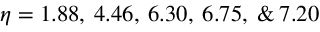
\eta = 1 . 8 8 , \: 4 . 4 6 , \: 6 . 3 0 , \: 6 . 7 5 , \: \& \: 7 . 2 0